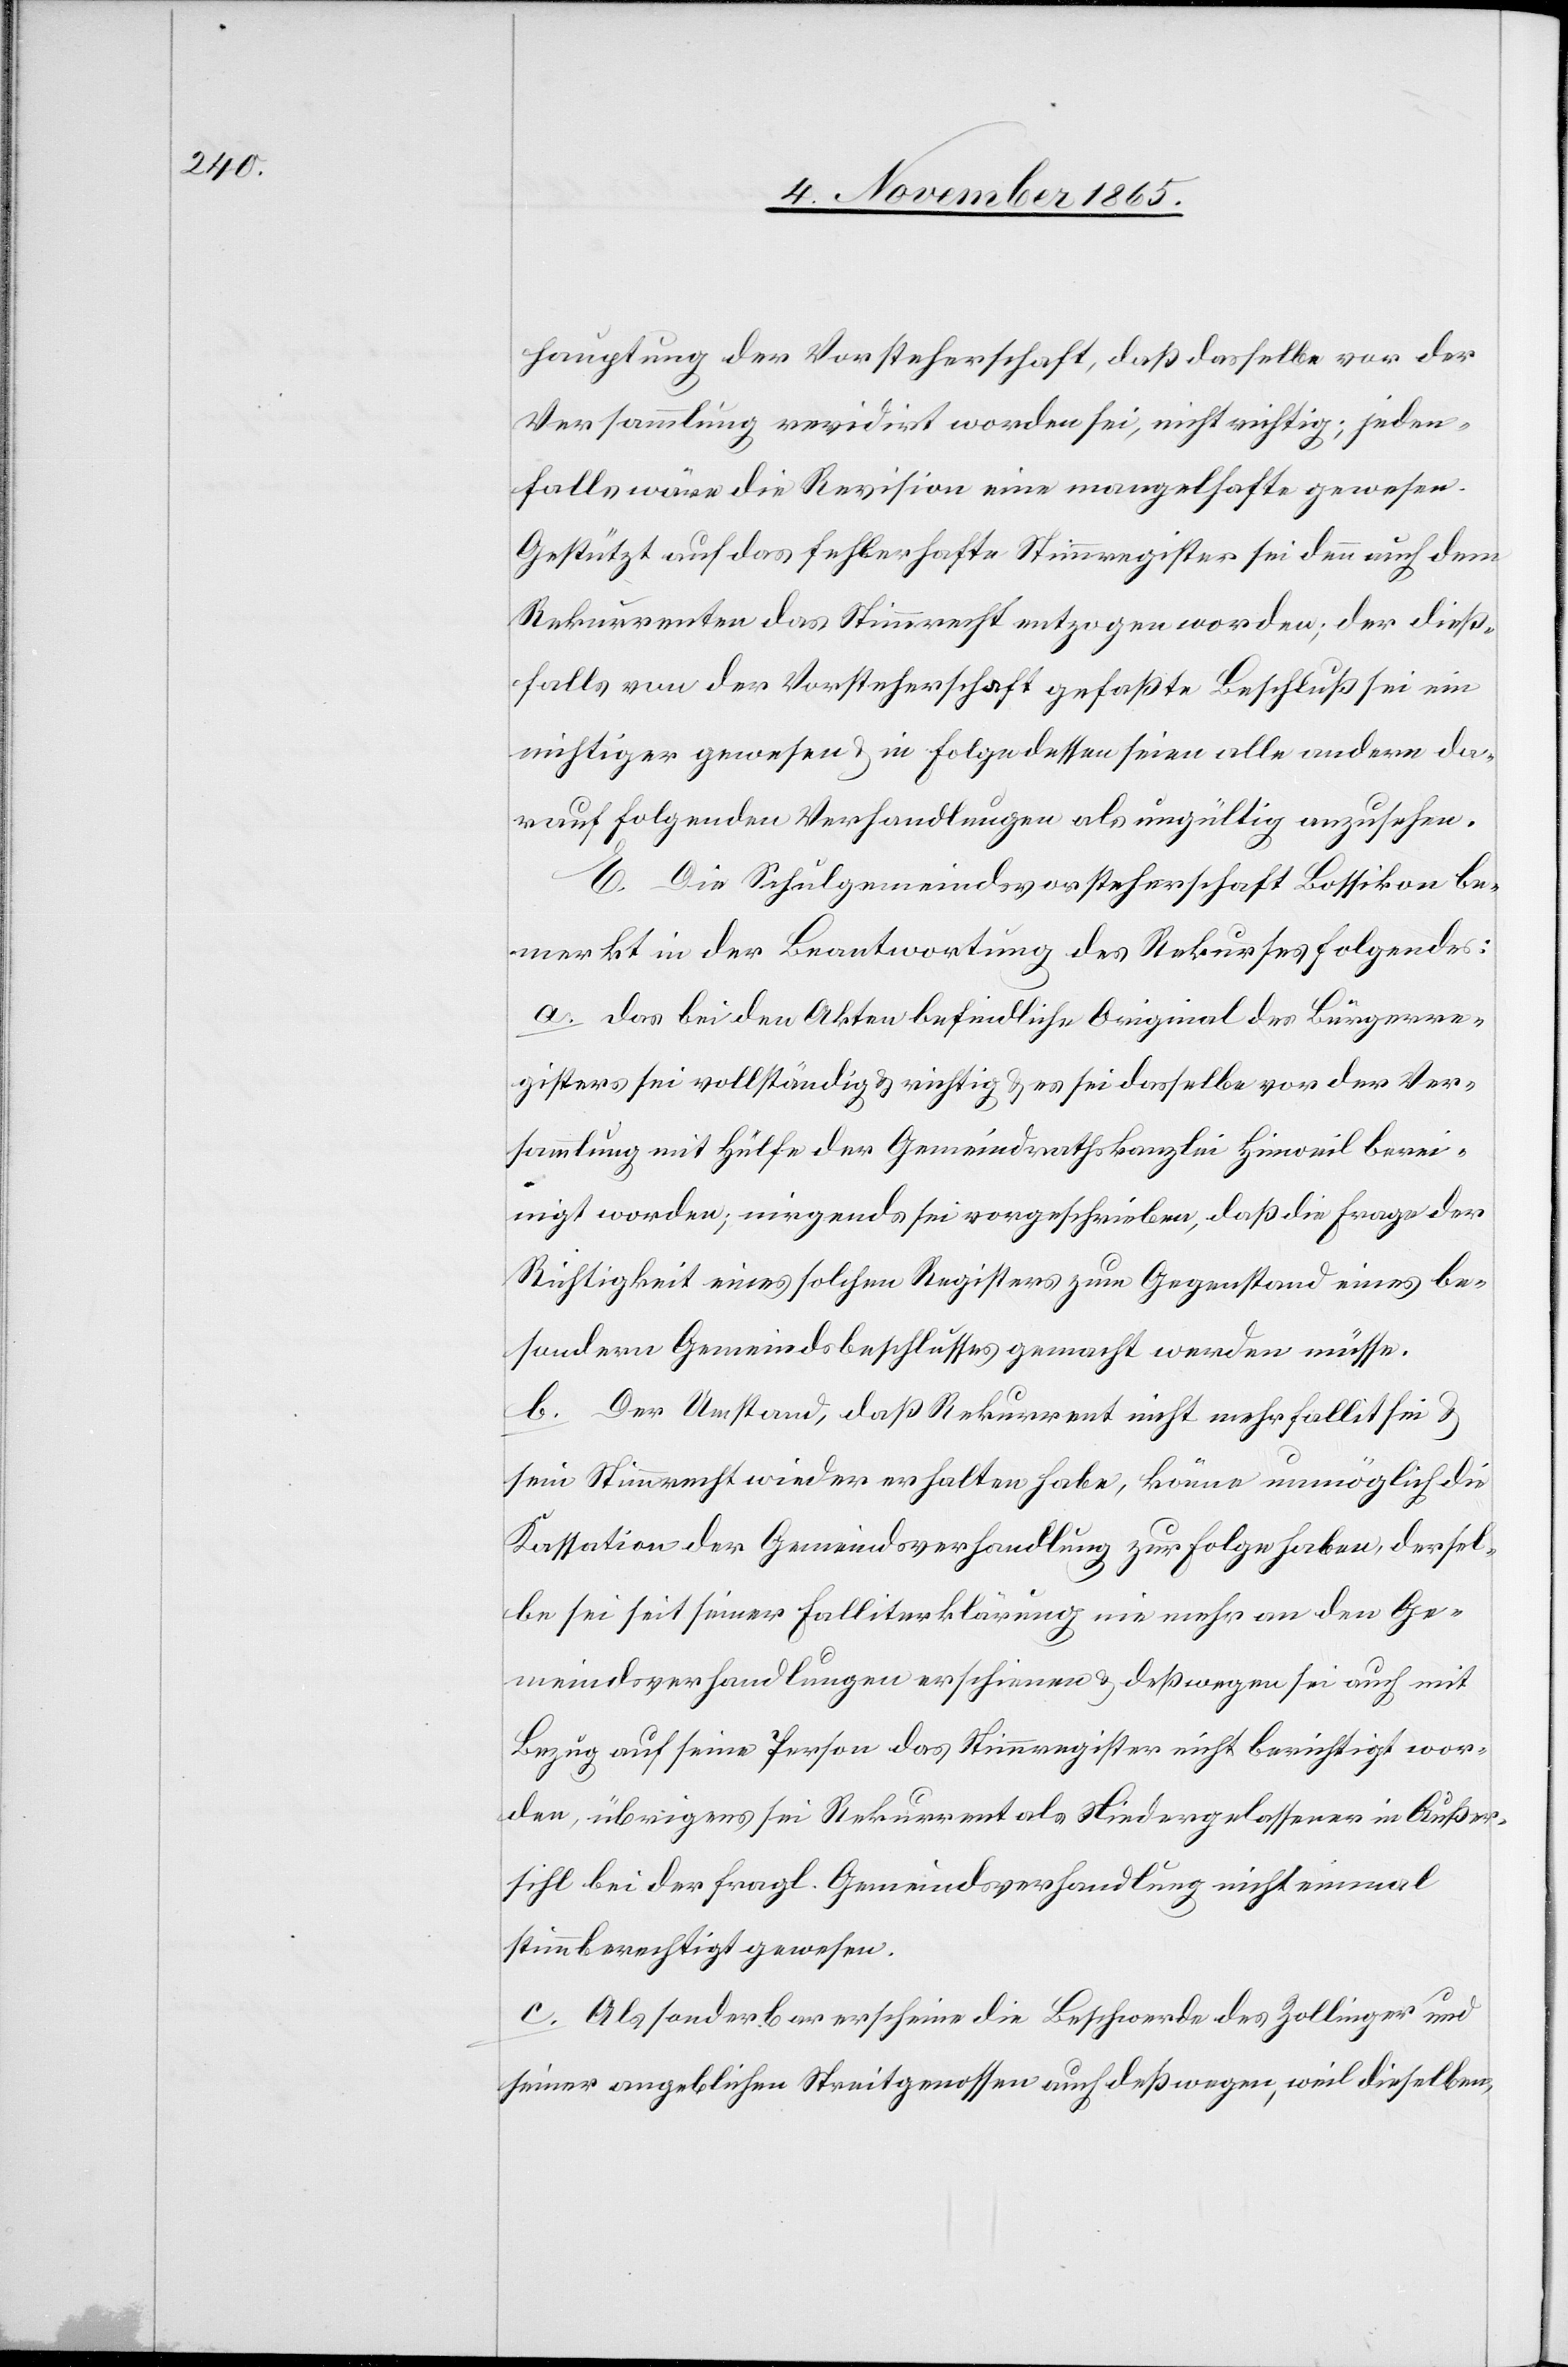
hauptung der Vorsteherschaft, daß dasselbe vor der
Versammlung revidirt worden sei, nicht richtig; jeden¬
falls wäre die Revision eine mangelhafte gewesen.
Gestützt auf das fehlerhafte Stimmregister sei denn auch dem
Rekurrenten das Stimmrecht entzogen worden; der dieß¬
falls von der Vorsteherschaft gefasste Beschluß sei ein
nichtiger gewesen & in Folge dessen seien alle andern da¬
rauf folgenden Verhandlungen als ungültig anzusehen.
E. Die Schulgemeindsvorsteherschaft Bossikon be¬
merkt in der Beantwortung des Rekurses folgendes:
a. Das bei den Akten befindliche Original des Bürgerre¬
gisters sei vollständig & richtig & es sei dasselbe vor der Ver¬
sammlung mit Hülfe der Gemeindrathskanzlei Hinweil berei¬
nigt worden; nirgends sei vorgeschrieben, daß die Frage der
Richtigkeit eines solchen Registers zum Gegenstand eines be¬
sondern Gemeindsbeschlusses gemacht werden müsse.
b. Der Umstand, daß Rekurrent nicht mehr fallit sei &
sein Stimmrecht wieder erhalten habe, könne unmöglich die
Kassation der Gemeindsverhandlung zur Folge haben, dersel¬
be sei seit seiner Falliterklärung nie mehr an den Ge¬
meindsverhandlungen erschienen & deßwegen sei auch mit
Bezug auf seine Person das Stimmregister nicht berichtigt wor¬
den, übrigens sei Rekurrent als Niedergelassener in Außer¬
sihl bei der fragl. Gemeindsverhandlung nicht einmal
stimmberechtigt gewesen.
c. Als sonderbar erscheine die Beschwerde des Zollinger und
seiner angeblichen Streitgenossen auch deßwegen, weil dieselben,